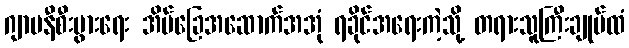
ဂျာမနီစီးပွားရေး အိမ်ခြေအဆောက်အအုံ ရခိုင်အရေးကဲ့သို့ တရားသူကြီးချုပ်ထံ